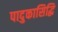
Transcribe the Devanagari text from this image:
पादुकासिद्धि